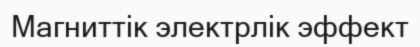
Магниттік электрлік эффект